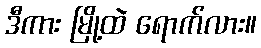
ဒီကား မြို့ထဲ ရောက်လား။